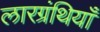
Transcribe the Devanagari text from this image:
लारग्रंथियाँ